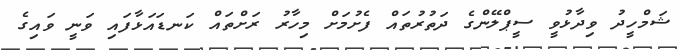
ޝަމްހީދު ވިދާޅުވީ ސީޕްލޭންގެ ދަތުރުތައް ފެށުމަށް މިހާރު ރަށްތައް ކަނޑައަޅާފައި ވަނީ ވައިގެ